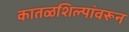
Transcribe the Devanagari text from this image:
कातळशिल्पांवरून